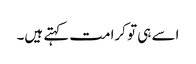
اسے ہی تو کرامت کہتے ہیں۔